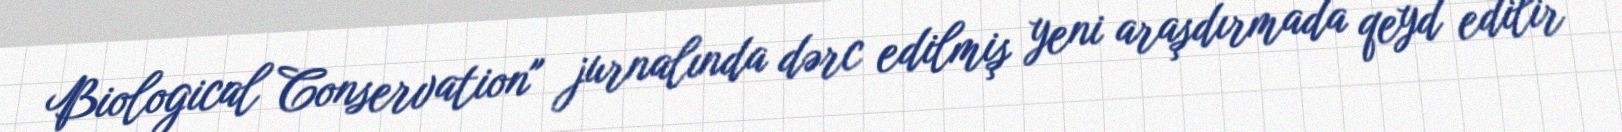
Biological Conservation" jurnalında dərc edilmiş yeni araşdırmada qeyd edilir